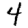
Digit: 4